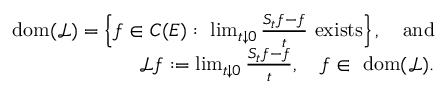
\begin{array} { r } { \mathrm { \normalfont ~ d o m } ( \mathscr { L } ) = \left\{ f \in C ( E ) : \ \operatorname* { l i m } _ { t \downarrow 0 } \frac { S _ { t } f - f } { t } \ \mathrm { e x i s t s } \right\} , \quad \mathrm { a n d } } \\ { \ \mathscr { L } f : = \operatorname* { l i m } _ { t \downarrow 0 } \frac { S _ { t } f - f } { t } , \quad f \in \mathrm { \normalfont ~ d o m } ( \mathscr { L } ) . } \end{array}